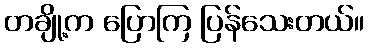
တချို့က ပြောကြ ပြန်သေးတယ်။